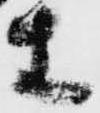
等